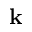
{ \bf k }